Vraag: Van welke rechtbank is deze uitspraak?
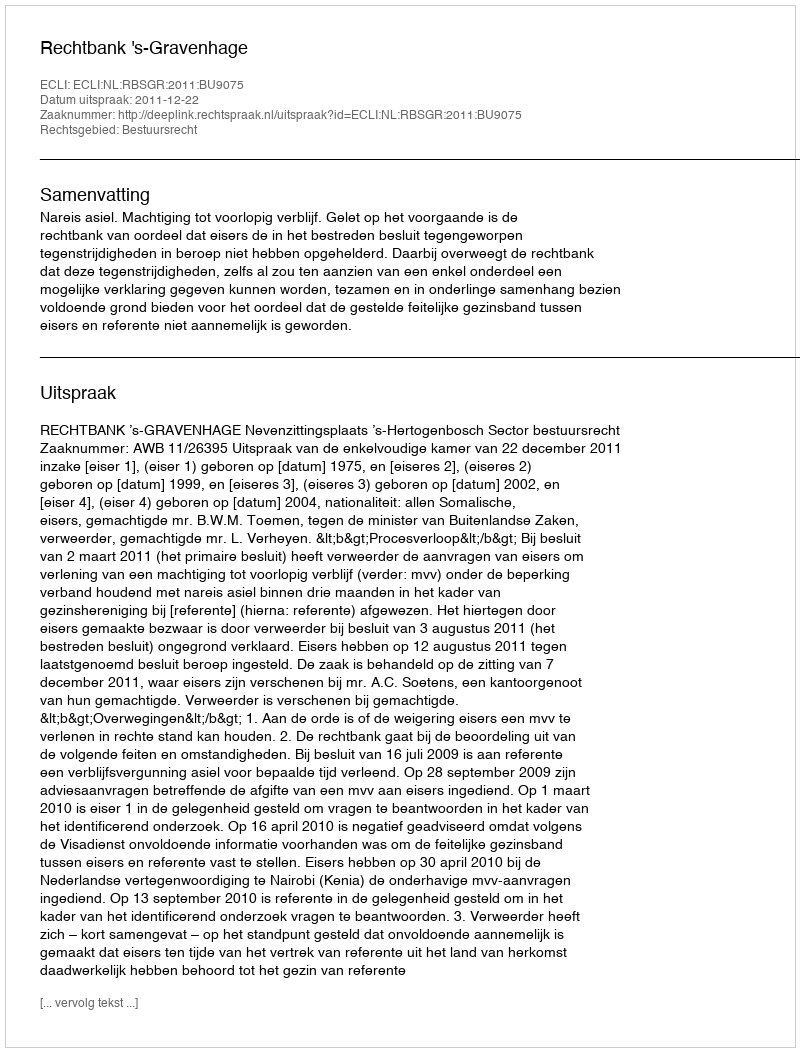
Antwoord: Rechtbank 's-Gravenhage